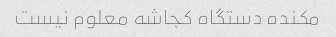
مکنده دستگاه کجاشه معلوم نیست